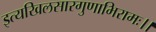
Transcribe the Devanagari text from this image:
इत्यखिलसारगुणाभिरामः।।